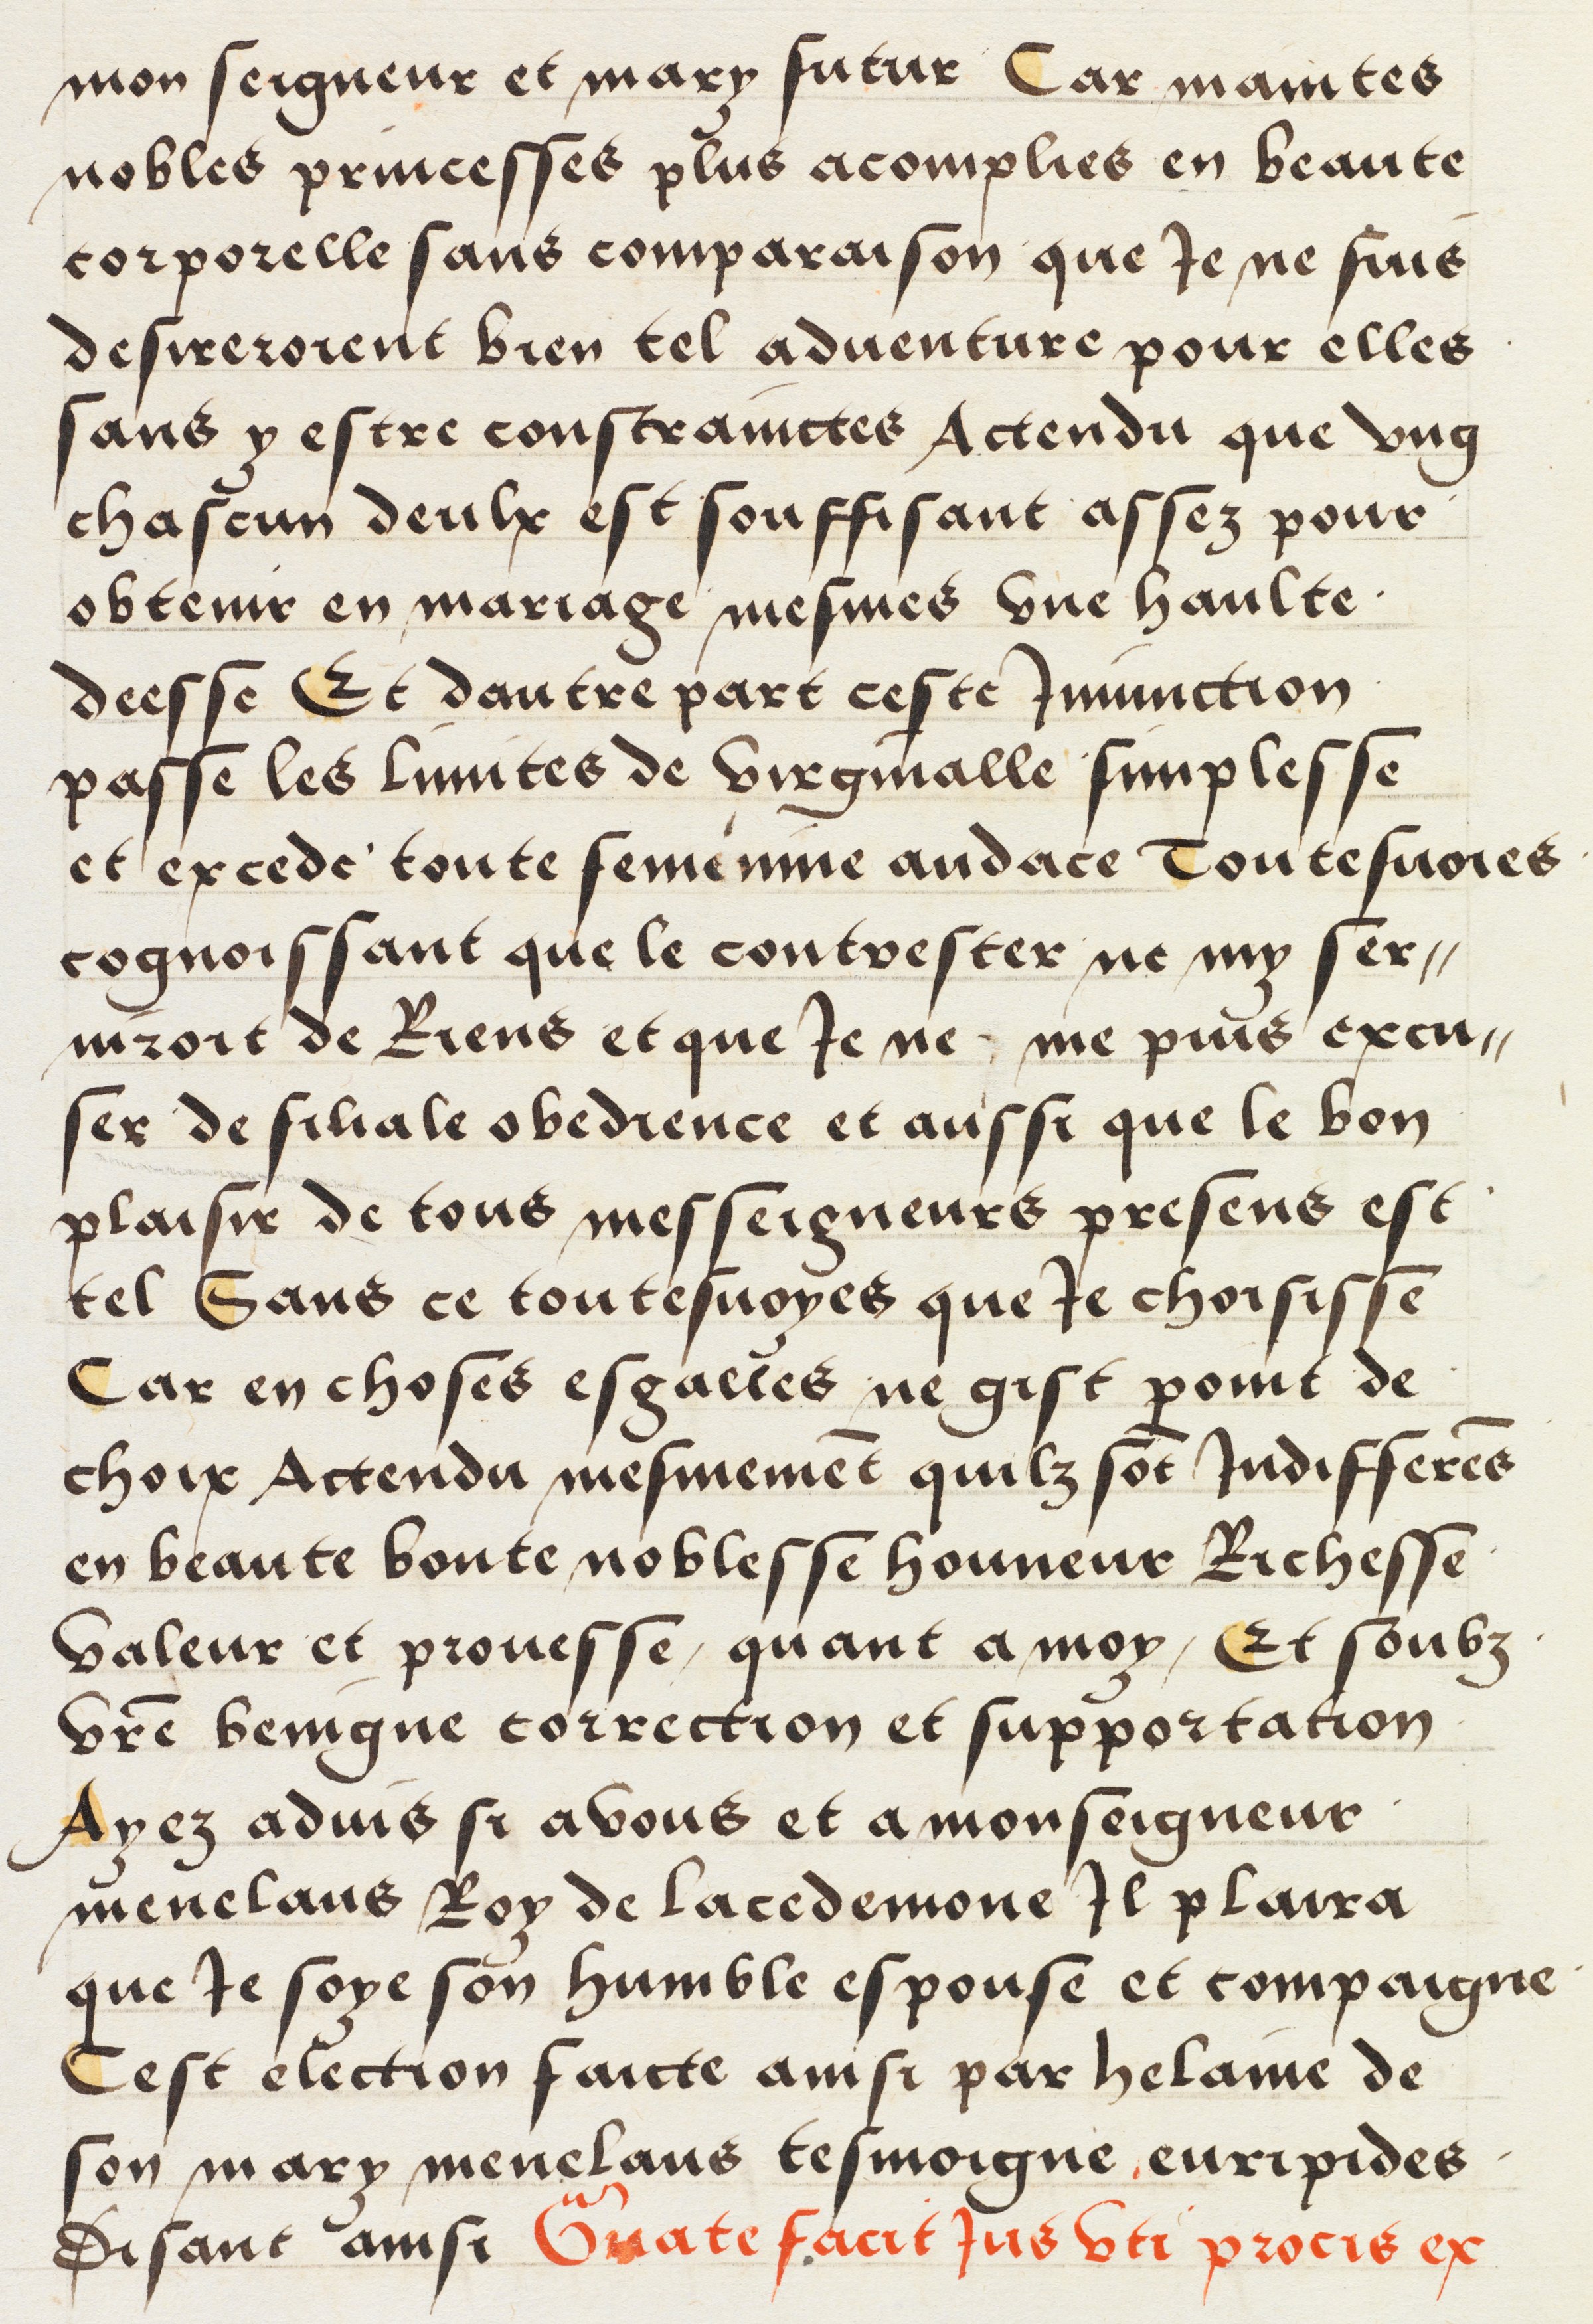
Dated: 1512–1524